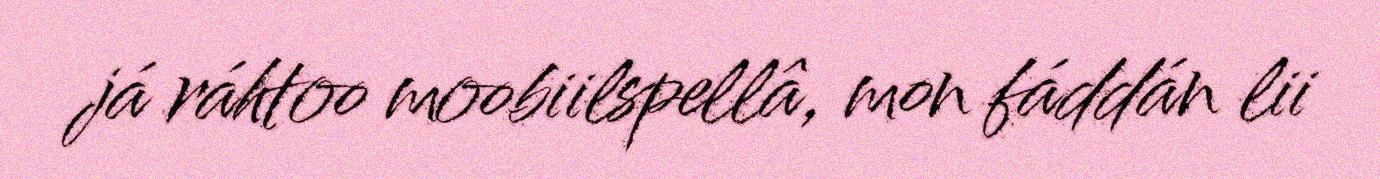
já ráhtoo moobiilspellâ, mon fáddán lii